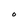
Character: O